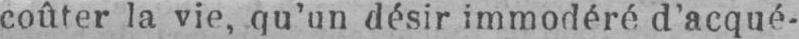
coûter la vie, qu’un désir immodéré d’acqué-